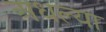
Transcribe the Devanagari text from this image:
अधल्या